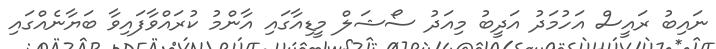
ނައިބު ރައީސް އަހުމަދު އަދީބު މިއަދު ސޯޝަލް މީޑިއާގައި އާންމު ކުރައްވާފައިވާ ބަޔާނެއްގައި